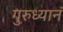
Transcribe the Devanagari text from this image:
गुरुध्यानं